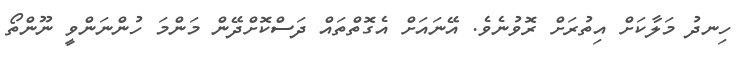
ހިނދު މަލާކަށް އިތުރަށް ރޮވުނެވެ. އޭނައަށް އެގޮތްތައް ދަސްކޮށްދޭން މަންމަ ހުންނަންވީ ނޫންތޯ